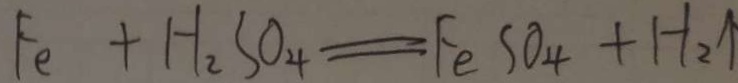
F e + H _ { 2 } S O _ { 4 } = F e S O _ { 4 } + H _ { 2 } \uparrow